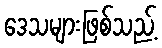
ဒေသများဖြစ်သည့်